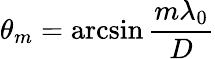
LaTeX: \theta_{m}=\arcsin{\frac{m\lambda_{0}}{D}}